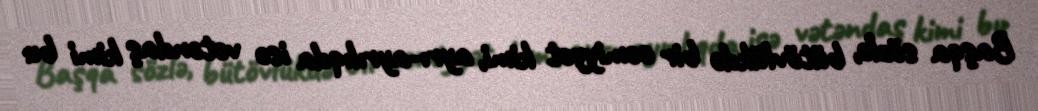
Başqa sözlə, bütövlükdə bir cəmiyyət kimi, ayrı-ayrılıqda isə vətəndaş kimi bu